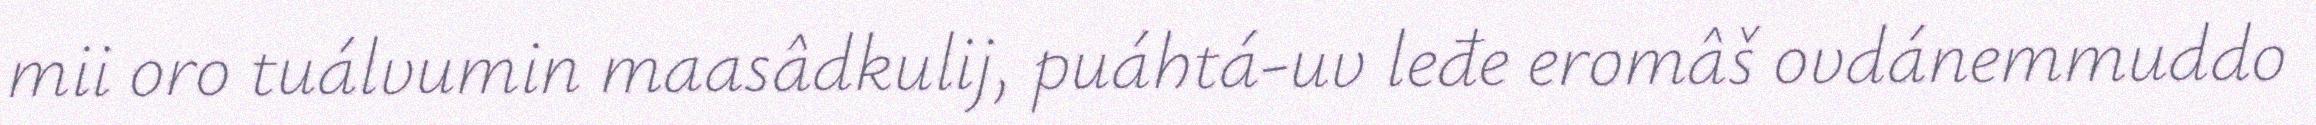
mii oro tuálvumin maasâdkulij, puáhtá-uv leđe eromâš ovdánemmuddo